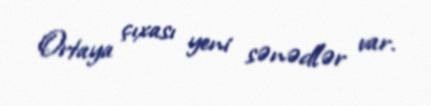
Ortaya çıxası yeni sənədlər var.